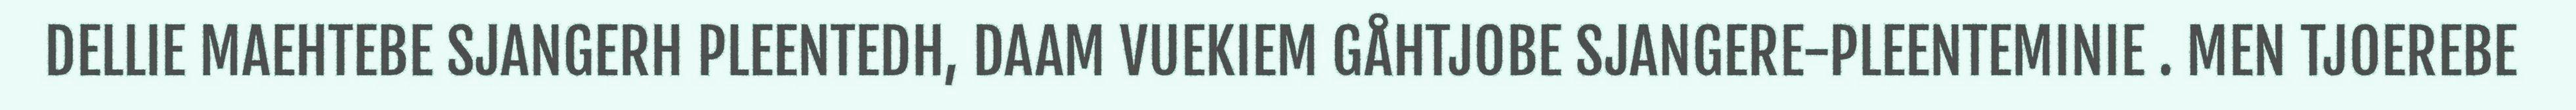
DELLIE MAEHTEBE SJANGERH PLEENTEDH, DAAM VUEKIEM GÅHTJOBE SJANGERE-PLEENTEMINIE . MEN TJOEREBE